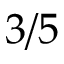
3 / 5